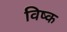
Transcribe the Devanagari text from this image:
विष्क